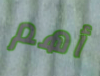
أهم